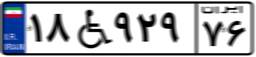
۱۸W۹۲۹۷۶